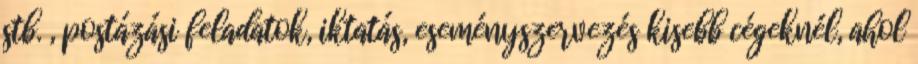
stb. , postázási feladatok, iktatás, eseményszervezés kisebb cégeknél, ahol